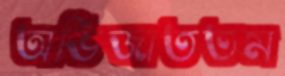
অভিজাততম